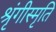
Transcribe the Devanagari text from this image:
श्रृंगीस्मृति